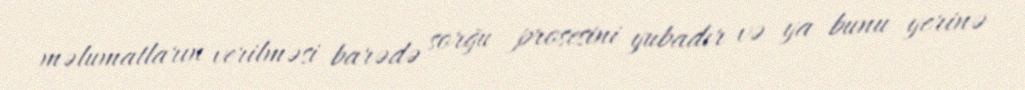
məlumatların verilməsi barədə sorğu prosesini yubadır və ya bunu yerinə